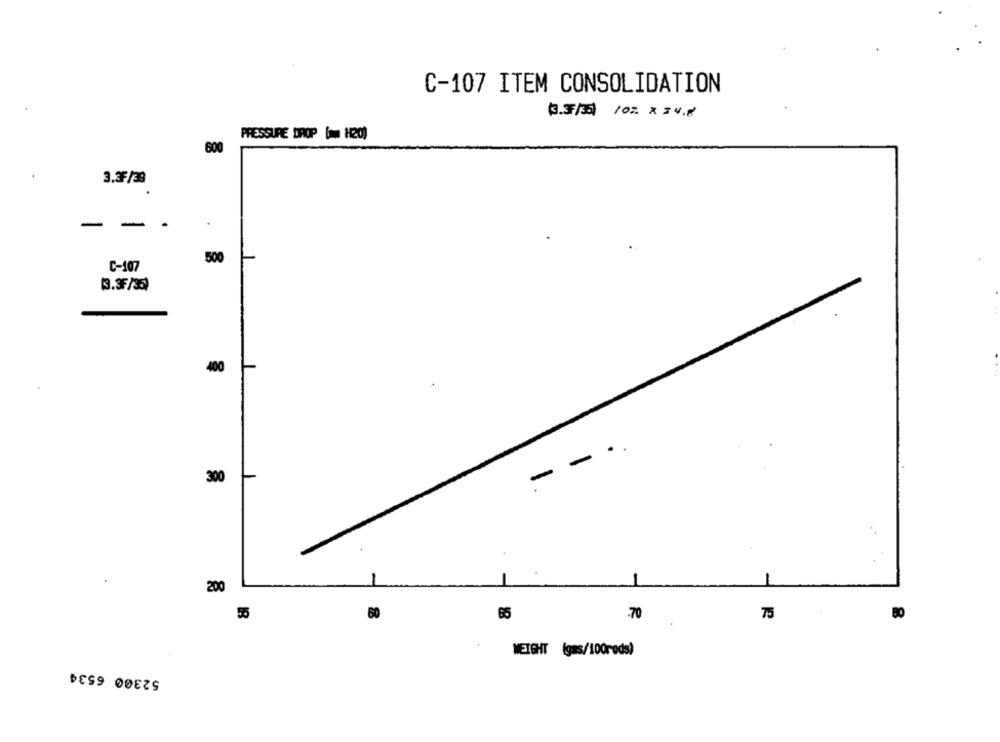
C-107 ITEM CONSOLIDATION
3.3/3 /07. X 24.8
PRESSURE DROP ( H20)
600
3.3F/39
- -
500
C-107
[3.3F/35)
400
-
300
200
55
60
65
.70
75
WEIGHT (gas/100reds)
52300 6534